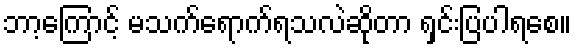
ဘာ့ကြောင့် မသက်ရောက်ရသလဲဆိုတာ ရှင်းပြပါရစေ။